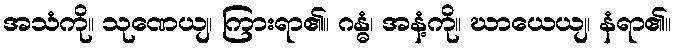
အသံကို။ သုဏေယျ၊ ကြားရာ၏။ ဂန္ဓံ၊ အနံ့ကို။ ဃာယေယျ၊ နံရာ၏။